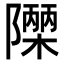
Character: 𮥫